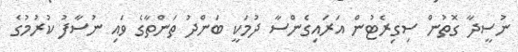
ނުސީދާ ގޮތުން ސިގިރެޓުން އަރައިގެންސާ ދުމަކީ ބަންދު ތަންތާގެ ވައި ނުސާފު ކުރުމުގެ